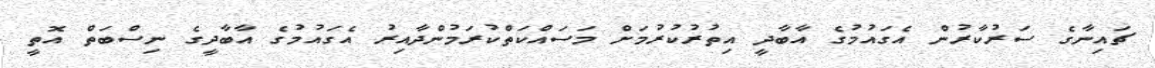
ޗައިނާގެ ސަރުކާރުން އެގައުމުގެ އާބާދީ އިތުރުކުރުމަށް މަސައްކަތްކުރަމުންދާއިރު އެގައުމުގެ އާބާދީގެ ނިސްބަތް އޮތީ